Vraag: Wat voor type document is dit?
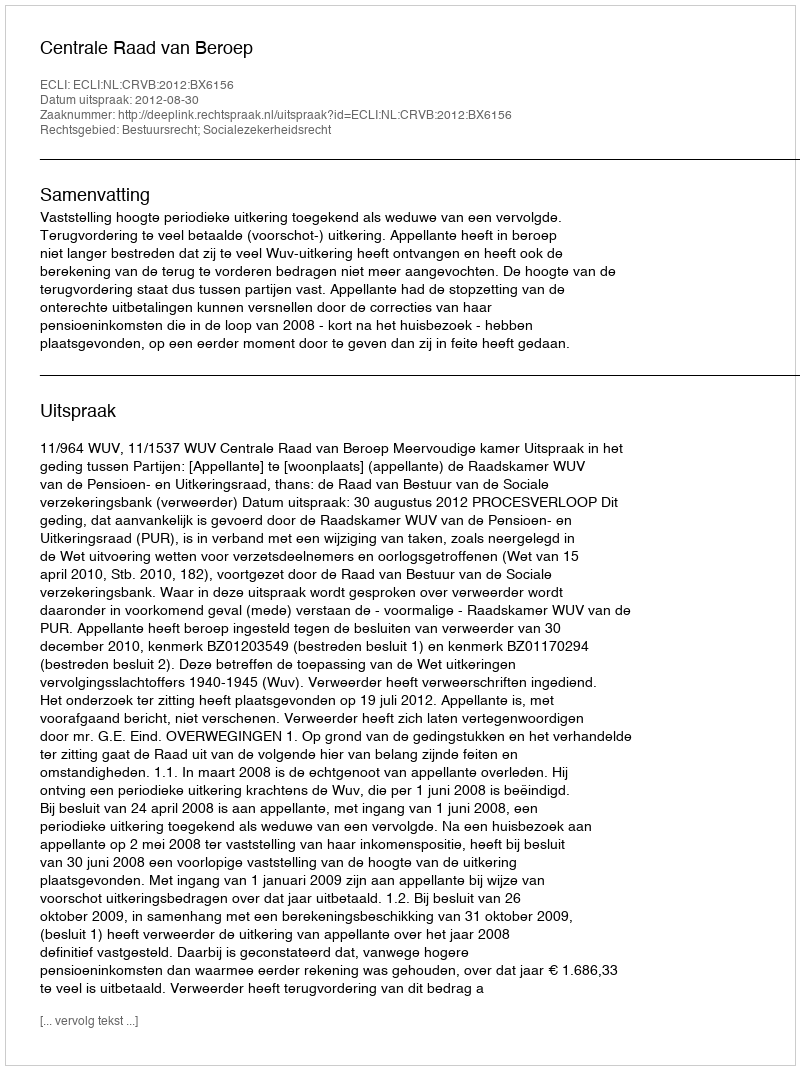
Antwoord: Uitspraak